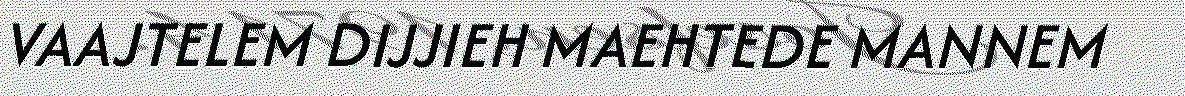
VAAJTELEM DIJJIEH MAEHTEDE MANNEM